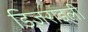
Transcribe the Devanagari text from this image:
डिज़राइली